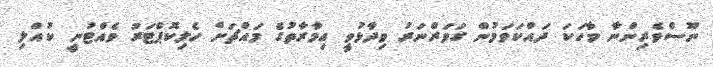
ނޫސްވެރިންނާ ވާހަކަ ދައްކަވަމުން ގަވަރްނަރު ވިދާޅުވީ އިމާރާތުގެ މައްޗަށް ހެލިކޮޕްޓަރު ވެއްޓުނީ ކުއްލި